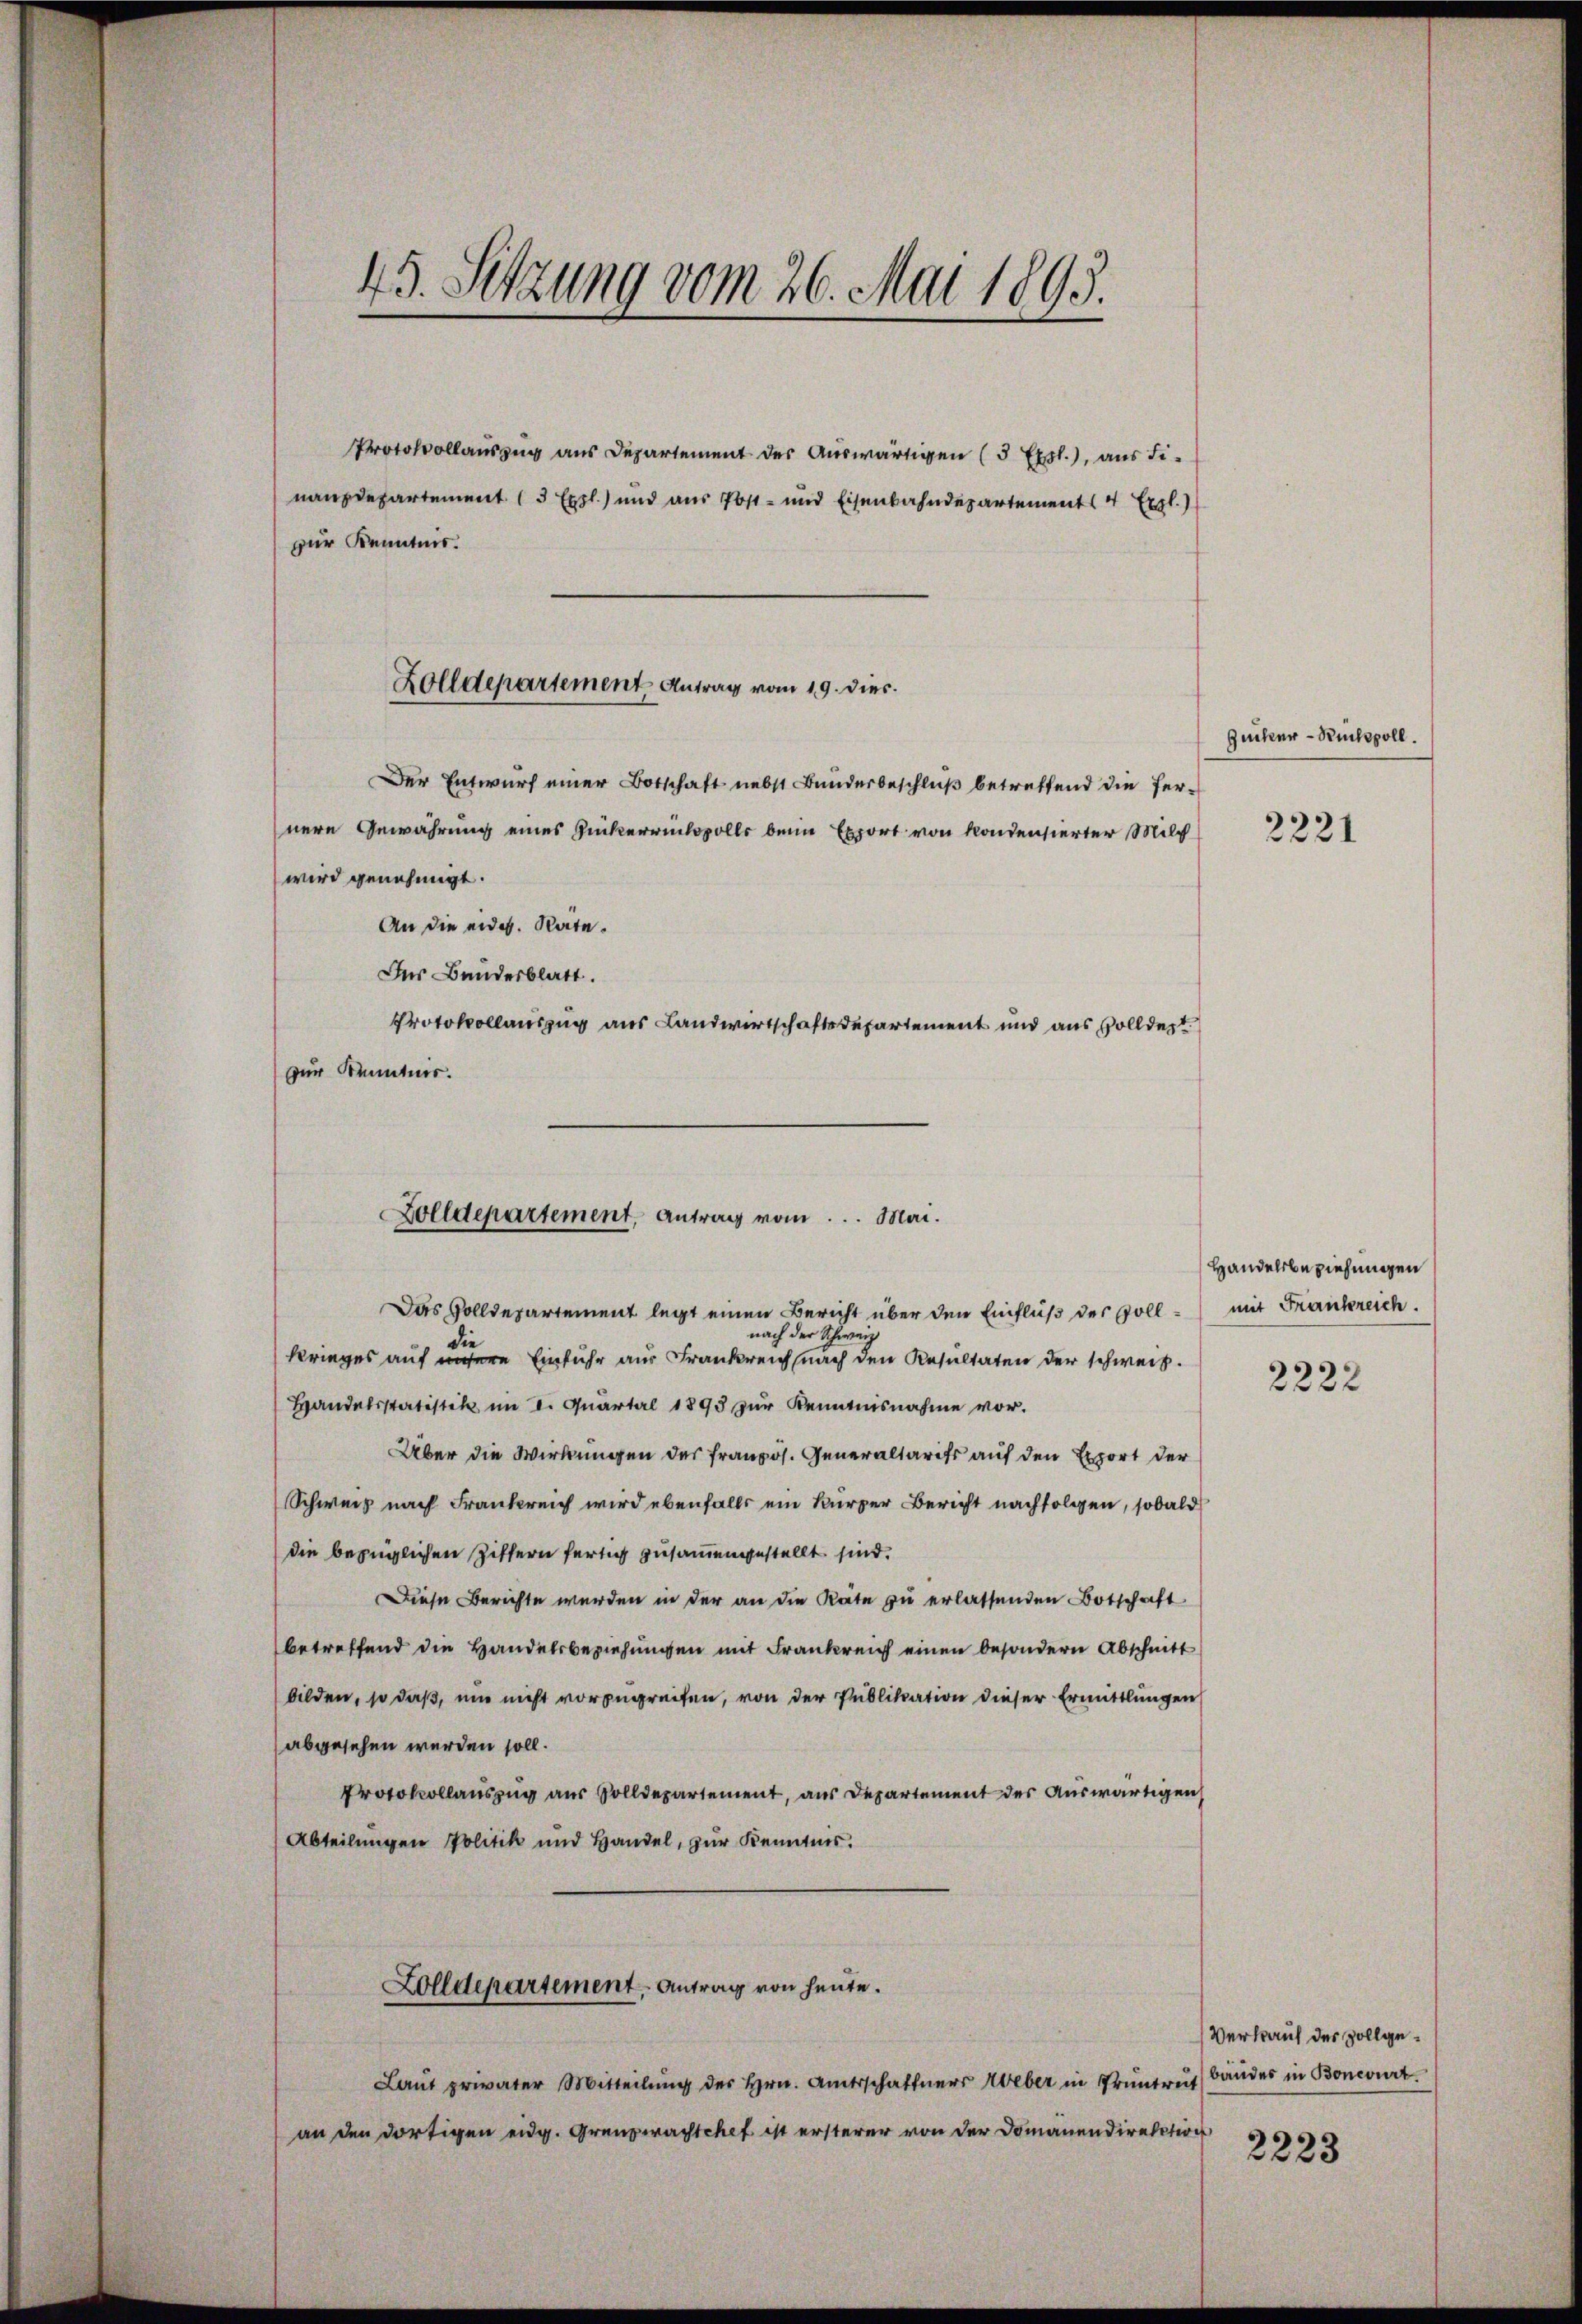
45. Setzung vom 26. Mai 1895.

Protokollauszug aus Departement der Auswärtigen (3 Expl.), aus Finanzdepartement (3 Expl.) und aus Post- und Eisenbahndepartement Exgl.)
zur Kenntnis.

Zolldepartement Antrag vom 19. dies.
Der Entwurf einer Botschaft nebst Bunderbeschluß betreffend die fer¬

nere Gewährung eines Zuckerrücksvolls beim Export von kondensierter Milch
wird genehmigt.
An die eidg. Rate.
Der Bandesblatt.
Protokollauszug aus Landwirtschaftsdepartement und aus Volldert.
zur Kenntnis.

Zucker - Rucksvoll.

2221

Zolldepartement, Antrag vom... Mai.

Das Zolldepartement legt einen Bericht über den Einfluß des Vollnach der Schweiz
die
krieges auf unsere Einfuhr aus Frankreich nach den Resultaten der schweiz.
Handelsstatistik im I. Quartal 1893 zur Kenntnisnahme vor.
Über die Wirkungen des französ. Generaltarifs auf den Export der
Schweiz nach Frankreich wird ebenfalls ein kurzer Bericht nachfolgen, sobald
die bezüglichen Ziffern fertig zusammengestellt sind.
Diese Berichte werden in der an die Räte zu erlassenden Botschaft
betreffend die Handelsbeziehungen mit Frankreich einen besondern Abschnitt
bilden, so daß, um nicht vorzugreifen, von der Publikation dieser Ermittlungen
abgesehen werden soll.
Protokollauszug aus Solldepartement, aus Departement der Auswärtigen
Abteilungen Politik und Handel, zur Kenntnis.
Zolldepartement. Antrag von heute.
Laŭt privater Mitteilŭng des Hrn. Amtsschaftners Weber in Pruntrut
an den dortigen eidg. Grenzwachtchef ist ersterer von der Domanendirektion

Handelsbeziehungen
mit Frankreich.

2222

Verkauf des vollgebandes in Bonevurt.

2223